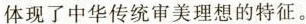
体现了中华传统审美理想的特征。